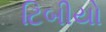
ટિબીયો